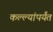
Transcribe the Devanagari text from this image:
कल्ल्यांपर्यंत